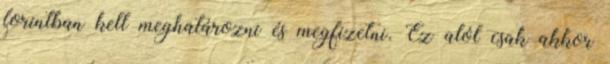
forintban kell meghatározni és megfizetni. Ez alól csak akkor